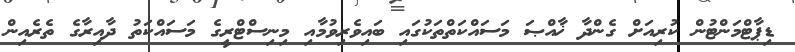
ޑިޕާޓްމަންޓުން ކުރިއަށް ގެންދާ ޚާއްޞަ މަސައްކަތްތަކުގައި ބައިވެރިވުމާއި މިނިސްޓްރީގެ މަސައްކަތު ދާއިރާގެ ތެރެއިން